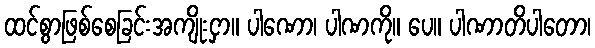
ထင်စွာဖြစ်စေခြင်းအကျိုးငှာ။ ပါဏော၊ ပါဏကို။ ပေ။ ပါဏာတိပါတော၊